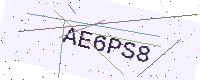
Text: AE6PS8